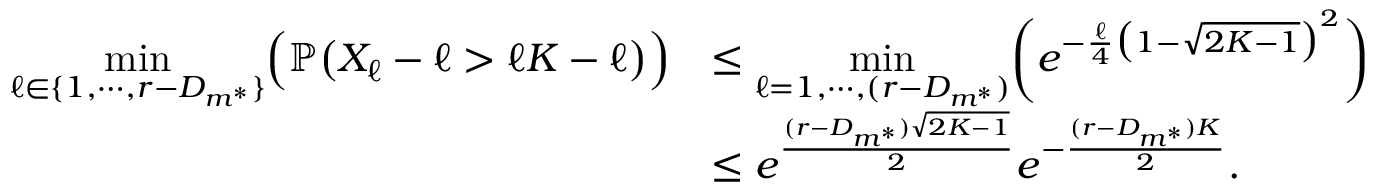
\begin{array} { r l } { \underset { \ell \in \{ 1 , \cdots , r - D _ { m ^ { * } } \} } { \operatorname* { m i n } } \Big ( \mathbb { P } \big ( X _ { \ell } - \ell > \ell K - \ell \big ) \Big ) } & { \leq \underset { \ell = 1 , \cdots , ( r - D _ { m ^ { * } } ) } { \operatorname* { m i n } } \bigg ( e ^ { - \frac { \ell } { 4 } \big ( 1 - \sqrt { 2 K - 1 } \big ) ^ { 2 } } \bigg ) } \\ & { \leq e ^ { \frac { ( r - D _ { m ^ { * } } ) \sqrt { 2 K - 1 } } { 2 } } e ^ { - \frac { ( r - D _ { m ^ { * } } ) K } { 2 } } . } \end{array}